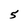
Character: 5